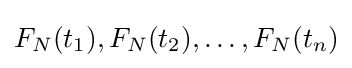
F_{N}(t_{1}),F_{N}(t_{2}),\dots ,F_{N}(t_{n})